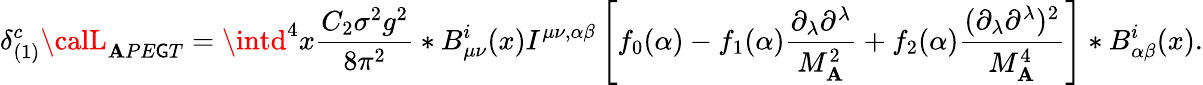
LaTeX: \delta_{(1)}^{c}{\calL}_{\mathbf{A}PE\mathsf{G}T}=\intd^{4}x{\frac{{C_{2}\sigma^{2}g^{2}}}{{8\pi^{2}}}}*B_{\mu\nu}^{i}(x)I^{\mu\nu,\alpha\beta}\left[f_{0}(\alpha)-f_{1}(\alpha){\frac{{\partial_{\lambda}\partial^{\lambda}}}{{M_{\mathbf{A}}^{2}}}}+f_{2}(\alpha){\frac{{(\partial_{\lambda}\partial^{\lambda})^{2}}}{{M_{\mathbf{A}}^{4}}}}\right]*B_{\alpha\beta}^{i}(x).